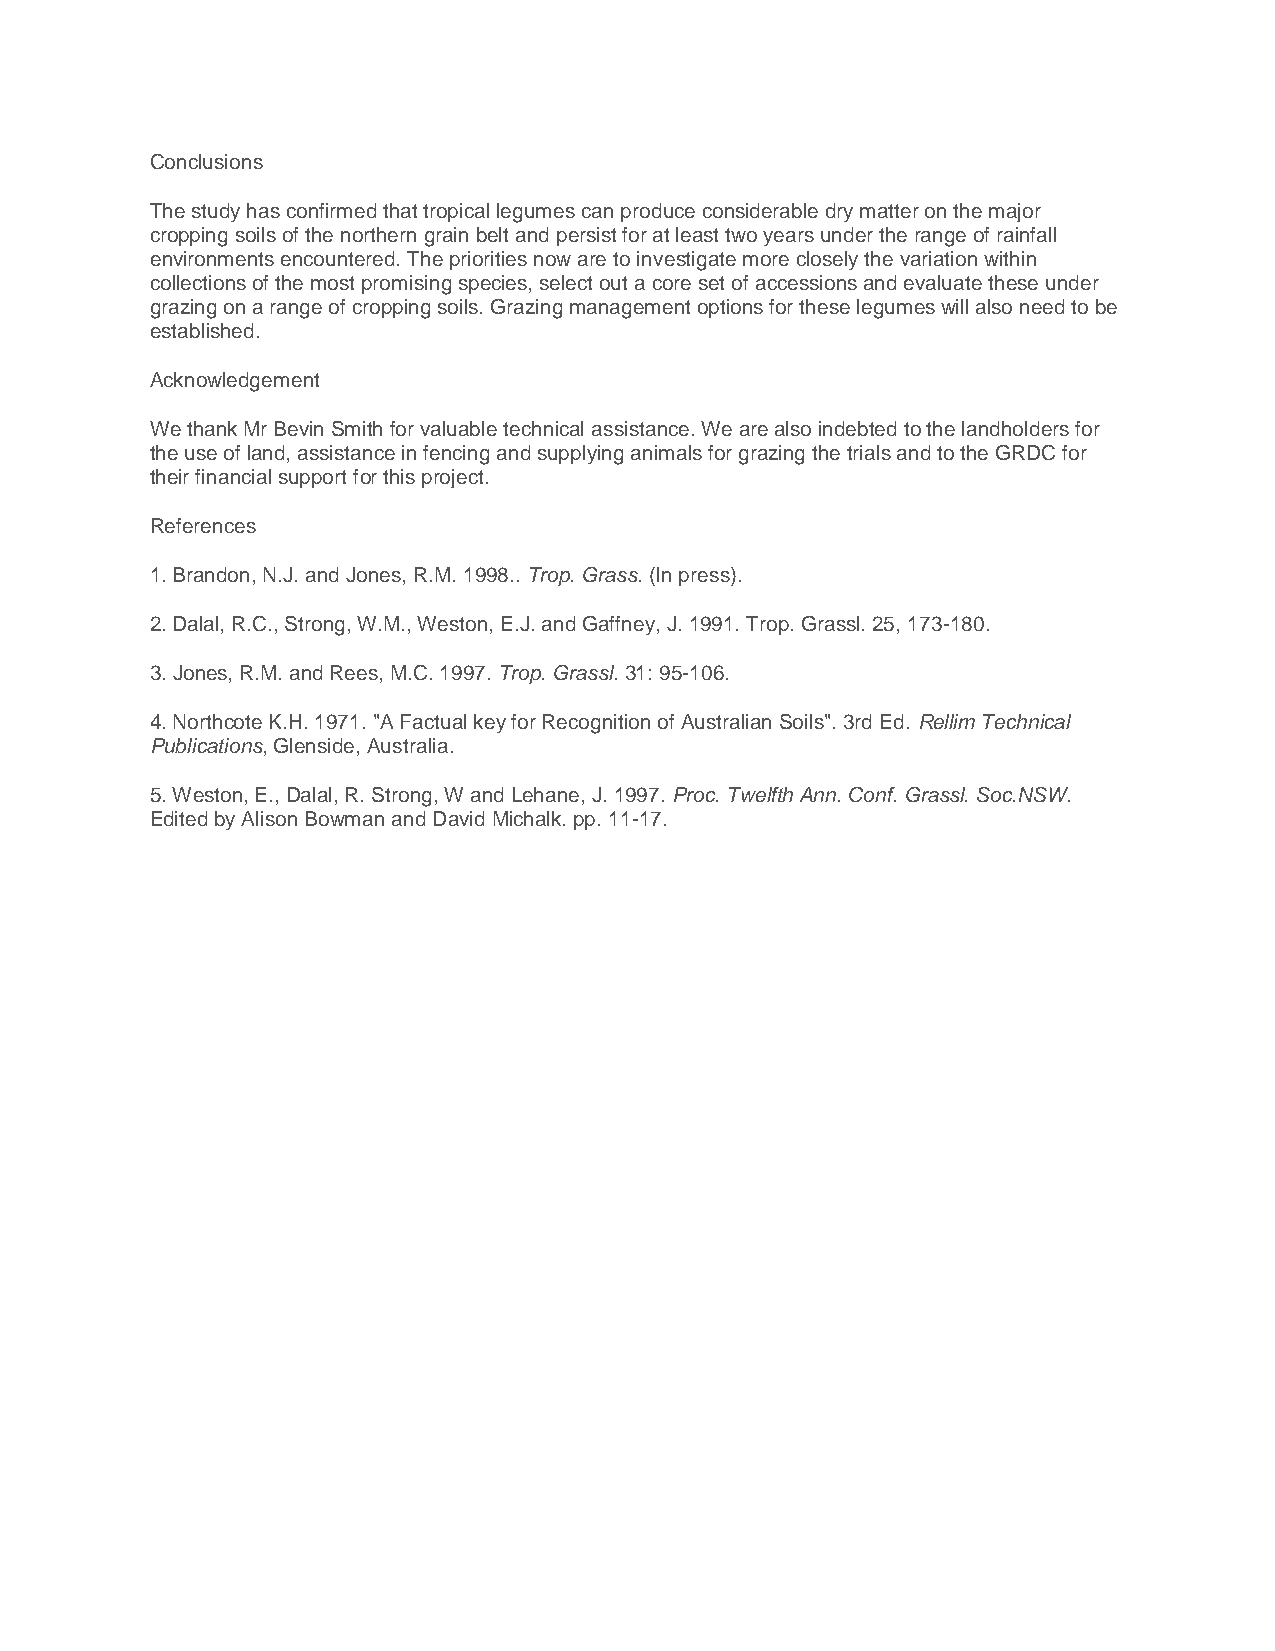
Conclusions
 The study has confirmed that tropical legumes can produce considerable dry matter on the major
 cropping soils of the northern grain belt and persist for at least two years under the range of rainfall
 environments encountered. The priorities now are to investigate more closely the variation within
 collections of the most promising species, select out a core set of accessions and evaluate these under
 grazing on a range of cropping soils. Grazing management options for these legumes will also need to be
 established.
 Acknowledgement
 We thank Mr Bevin Smith for valuable technical assistance. We are also indebted to the landholders for
 the use of land, assistance in fencing and supplying animals for grazing the trials and to the GRDC for
 their financial support for this project.
 References
 1. Brandon, N.J. and Jones, R.M. 1998.. Trop. Grass. (In press).
 2. Dalal, R.C., Strong, W.M., Weston, E.J. and Gaffney, J. 1991. Trop. Grassl. 25, 173-180.
 3. Jones, R.M. and Rees, M.C. 1997. Trop. Grassl. 31: 95-106.
 4. Northcote K.H. 1971. "A Factual key for Recognition of Australian Soils". 3rd Ed. Rellim Technical
 Publications, Glenside, Australia.
 5. Weston, E., Dalal, R. Strong, W and Lehane, J. 1997. Proc. Twelfth Ann. Conf. Grassl. Soc.NSW.
 Edited by Alison Bowman and David Michalk. pp. 11-17.